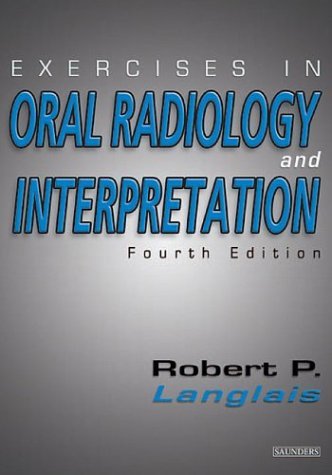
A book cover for Exercises in Oral Radiology and Interpretation, 4e [Paperback] [2003] 4 Ed. Robert P. Langlais DDS MS; Medical Books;